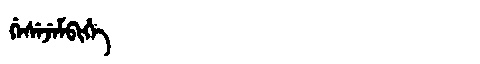
Manchu: ᡤᡝᠰᡝᠵᡝᠮᠪᡳᡥᡝ
Romanization: GESEJEMBIHE